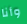
وأنا